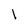
Character: l